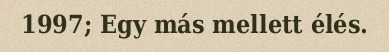
1997; Egy más mellett élés.